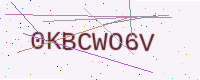
Text: 0KBCWO6V